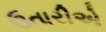
ઉતારીએ